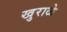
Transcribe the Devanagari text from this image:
खुराळे